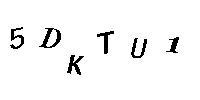
5DKTU1